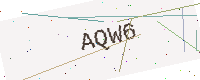
Text: AQW6